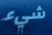
شيء